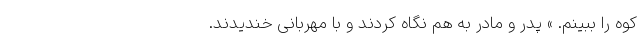
کوه را ببینم. » پدر و مادر به هم نگاه کردند و با مهربانی خندیدند.